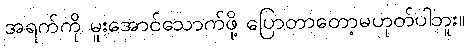
အရက်ကို မူးအောင်သောက်ဖို့ ပြောတာတော့မဟုတ်ပါဘူး။